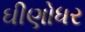
ઘીણોધર